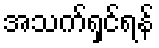
အသက်ရှင်ရန်